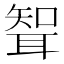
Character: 聟